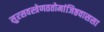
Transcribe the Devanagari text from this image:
सुरसवस्त्रेणततोमांजिष्ठवाससा